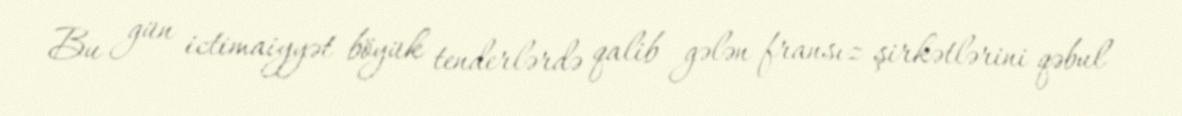
Bu gün ictimaiyyət böyük tenderlərdə qalib gələn fransız şirkətlərini qəbul